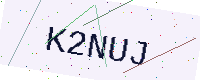
Text: K2NUJ